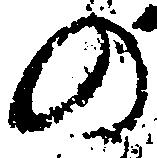
の